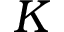
K